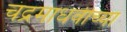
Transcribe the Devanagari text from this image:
चंद्रमाधवीच्या